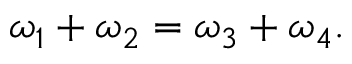
\omega _ { 1 } + \omega _ { 2 } = \omega _ { 3 } + \omega _ { 4 } .